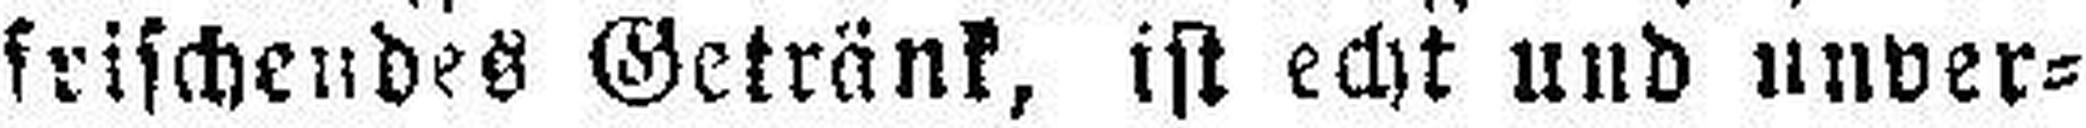
frischendes Getränk, ist echt und unver¬